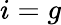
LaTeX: i=g